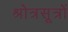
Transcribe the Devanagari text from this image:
श्रोत्रसूत्रों